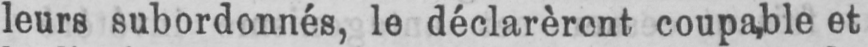
coupable et